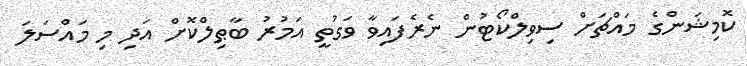
ކޮމިޝަންގެ މައްޗަށް ސިވިލްކޯޓުން ނެރެފައިވާ ވަގުތީ އަމުރު ބާޠިލްކޮށް އަދި މި މައްސަލަ